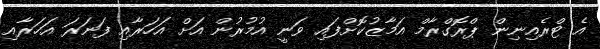
އެ ޓްރެއިނިން ޕްރޮގްރާމް އަމާޒުކޮށްފައި ވަނީ އުމުރުން އަށް އަހަރާއި ފަނަރަ އަހަރާއި